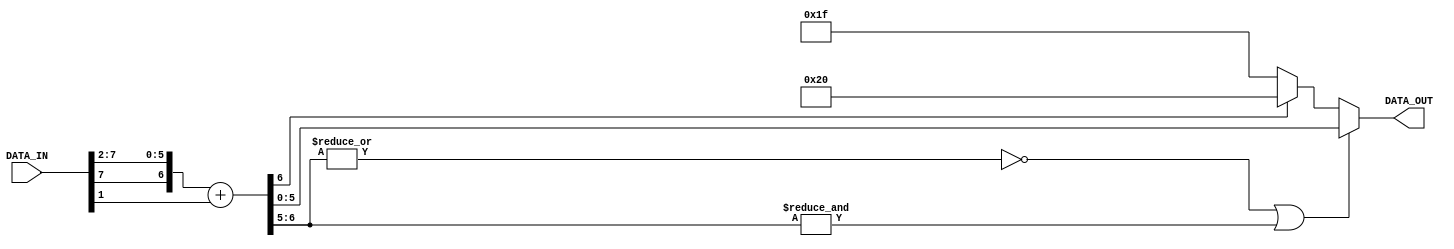
`timescale 1ns/1ps
/**********************************************************************
*** Function:
*** Area    :
**********************************************************************/

module rx_round
 (DATA_IN ,
  DATA_OUT);


parameter IN_WIDTH = 8;
parameter OUT_WIDTH = 6;
parameter UP_CUT_WIDTH = 0;

parameter OUT_WIDTH_1 = OUT_WIDTH - 1;
parameter TEMP_WIDTH2 = OUT_WIDTH+UP_CUT_WIDTH+1;
parameter TEMP_WIDTH1 = IN_WIDTH-TEMP_WIDTH2+1;

input [IN_WIDTH-1:0]  DATA_IN;
output[OUT_WIDTH-1:0] DATA_OUT;

reg   [OUT_WIDTH-1:0] DATA_OUT;

wire  [TEMP_WIDTH2-1:0]temp_data;
wire                  flag1;
wire                  flag2;

assign temp_data = {DATA_IN[IN_WIDTH-1],DATA_IN[IN_WIDTH-1:TEMP_WIDTH1]} + DATA_IN[TEMP_WIDTH1-1];

assign flag1 = ((~|temp_data[TEMP_WIDTH2-1:OUT_WIDTH-1]) || (&temp_data[TEMP_WIDTH2-1:OUT_WIDTH-1])) ? 1'b0 : 1'b1;
assign flag2 = temp_data[TEMP_WIDTH2-1];

wire  [OUT_WIDTH-1:0]  temp_data_bit_more;
assign  temp_data_bit_more = temp_data[OUT_WIDTH-1:0];

always @(flag1 or flag2 or temp_data_bit_more)
begin
  if (flag1)
  begin
    if (flag2)
      DATA_OUT = {1'b1,{OUT_WIDTH_1{1'b0}}};
    else
      DATA_OUT = {1'b0,{OUT_WIDTH_1{1'b1}}};
  end
  else
    DATA_OUT = temp_data_bit_more;
end

endmodule